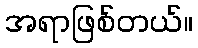
အရာဖြစ်တယ်။